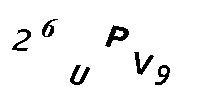
26UPV9